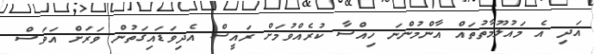
އަދި އެ މައުލޫމާތުތައް އާންމުންނަ ހިއްސާ ކުރެއްވުމަށް ރައީސް އެދިވަޑައިގަތުން ވަރަށް އަވަސް